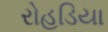
રોહડિયા